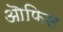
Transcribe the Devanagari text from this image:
ऒफिस